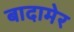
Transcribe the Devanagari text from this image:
बादामेर